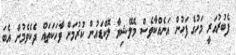
ފެބުރުއަރީ މަހުގެ ފަހުން އަނެއްކާވެސް މެލޭޝިޔާ ލޮކްޑައުން ކުރުމަށް ވާހަކަތައް ދެކެވެމުން އެބަ